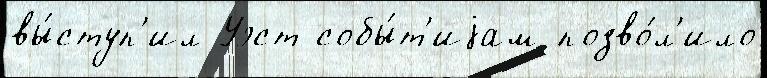
вы́ступ'ил Уэст собы́т'иjам позво́л'ило